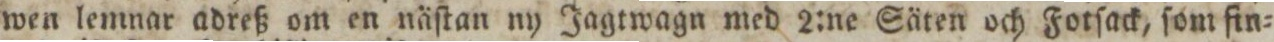
wen lemnar adreß om en näſtan ny Jagtwagn med 2:ne Säten och Fotſack, ſom fin=